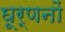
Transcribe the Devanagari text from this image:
घूर्णनों